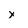
Character: x